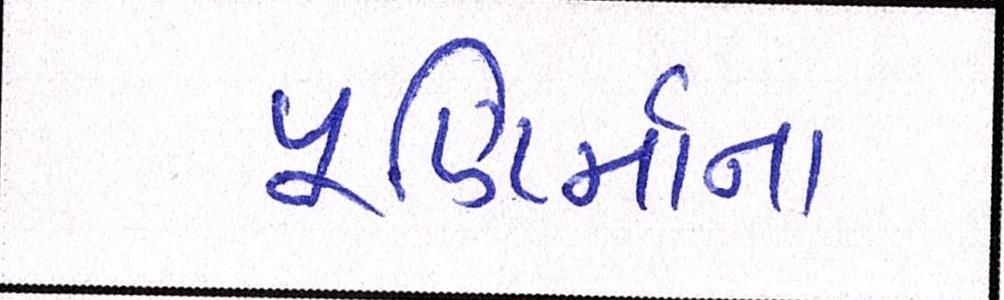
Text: પૂણિર્માના